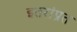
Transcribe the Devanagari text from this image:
इतरांप्रत